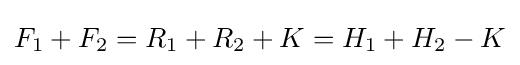
F_{1}+F_{2}=R_{1}+R_{2}+K=H_{1}+H_{2}-K